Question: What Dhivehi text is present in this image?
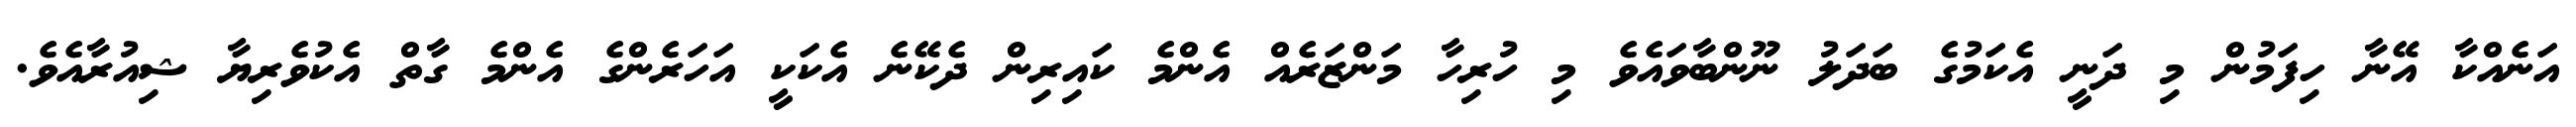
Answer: އަނެއްކާ އޭނާ ހިފަމުން މި ދަނީ އެކަމުގެ ބަދަލު ނޫންބާވައެވެ މި ހުރިހާ މަންޒަރެއް އެންމެ ކައިރިން ދެކޭނެ އެކަކީ އަހަރެންގެ އެންމެ ގާތް އެކުވެރިޔާ ޝިއުރާއެވެ.